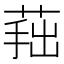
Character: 𦵛